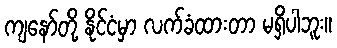
ကျနော်တို့ နိုင်ငံမှာ လက်ခံထားတာ မရှိပါဘူး။